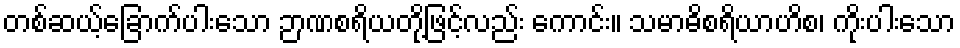
တစ်ဆယ့်ခြောက်ပါးသော ဉာဏစရိယတို့ဖြင့်လည်း ကောင်း။ သမာဓိစရိယာဟိစ၊ ကိုးပါးသော